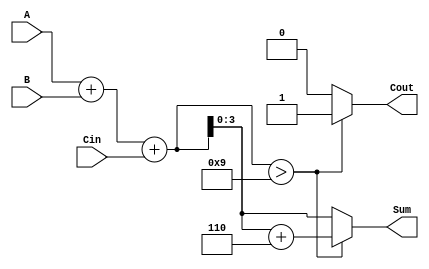
module BCD_Adder (
    input [3:0] A,        // First BCD digit
    input [3:0] B,        // Second BCD digit
    input Cin,            // Carry input
    output reg [3:0] Sum, // BCD sum output
    output reg Cout       // Carry output
);

    wire [4:0] TempSum;   // 5-bit sum for the addition
    wire [3:0] Correction; // Correction value to add if needed

    // Calculate the initial sum
    assign TempSum = A + B + Cin;

    // Calculate correction value (6 in BCD = 0110)
    assign Correction = 4'b0110;

    always @(*) begin
        // Check if the TempSum is greater than 9
        if (TempSum > 9) begin
            Cout = 1; // Set carry output
            Sum = TempSum + Correction; // Apply correction
        end else begin
            Cout = 0; // No carry
            Sum = TempSum[3:0]; // Use the lower 4 bits of TempSum
        end
    end

endmodule